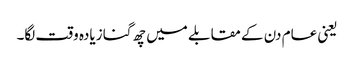
یعنی عام دن کے مقابلے میں چھ گنا زیادہ وقت لگا۔